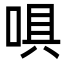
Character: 㖵